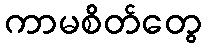
ကာမစိတ်တွေ